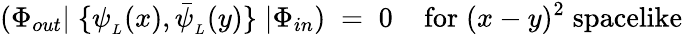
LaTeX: (\Phi_{out}|\; \{ \psi_{_{L}}(x),\bar{\psi}_{_{L}}(y)\} \; |\Phi_{in})\; =\; 0\; \; \; \; \mathrm{for}\; (x-y)^{2}\; \mathrm{spacelike}